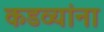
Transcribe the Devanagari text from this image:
कडव्यांना